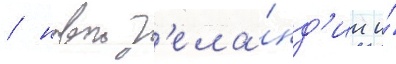
/ новои з'ела́нд'ии и́